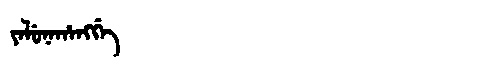
Manchu: ᠶᠠᠯᡠᠨᠠᡥᠠᠩᡤᡝ
Romanization: YALUNAHANGGE